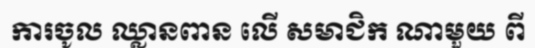
ការចូល ឈ្លានពាន លើ សមាជិក ណាមួយ ពី